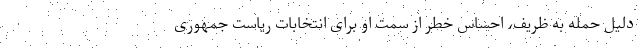
دلیل حمله به ظریف، احساس خطر از سمت او برای انتخابات ریاست جمهوری